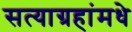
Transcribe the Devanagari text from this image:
सत्याग्रहांमधे